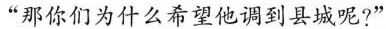
”那你们为什么希望他调到县城呢?”